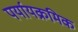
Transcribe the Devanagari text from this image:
पर्यायक्रमिक